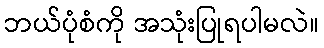
ဘယ်ပုံစံကို အသုံးပြုရပါမလဲ။